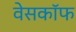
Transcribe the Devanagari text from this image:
वेसकॉफ